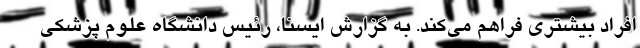
افراد بیشتری فراهم می‌کند. به گزارش ایسنا، رئیس دانشگاه علوم پزشکی